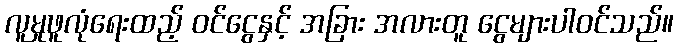
လူမှုဖူလုံရေးထည့် ဝင်ငွေနှင့် အခြား အလားတူ ငွေများပါဝင်သည်။